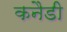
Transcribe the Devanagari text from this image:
कनैडी